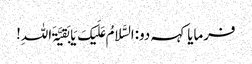
فرمایا کہہ دو:السَّلامُ عَلَیکَ یَا بَقیَّۃَ اللہِ!